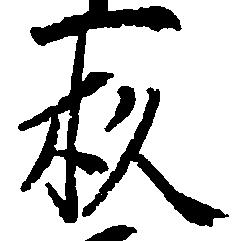
杉